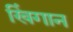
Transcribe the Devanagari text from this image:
खिंगान